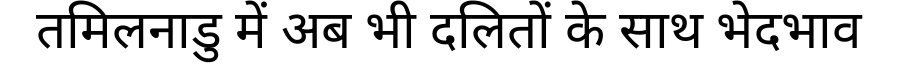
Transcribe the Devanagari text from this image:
तमिलनाडु में अब भी दलितों के साथ भेदभाव